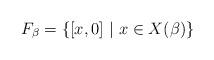
LaTeX: \begin{align*} F_\beta = \{ [x, 0] \ | \ x \in X(\beta) \}\end{align*}